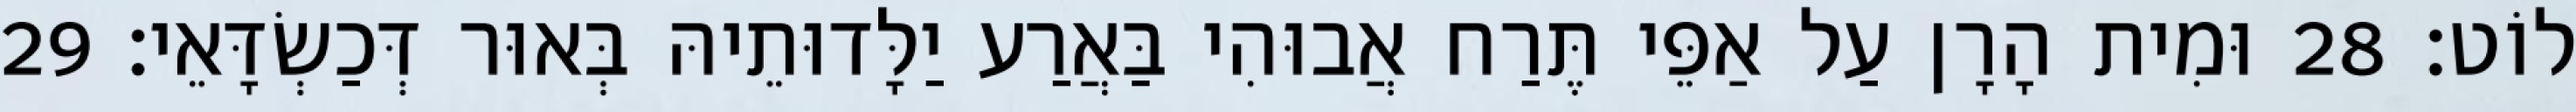
לוֹט׃ 28 וּמִית הָרָן עַל אַפֵּי תֶּרַח אֲבוּהִי בַּאֲרַע יַלָּדוּתֵיהּ בְּאוּר דְּכַשְׂדָּאֵי׃ 29